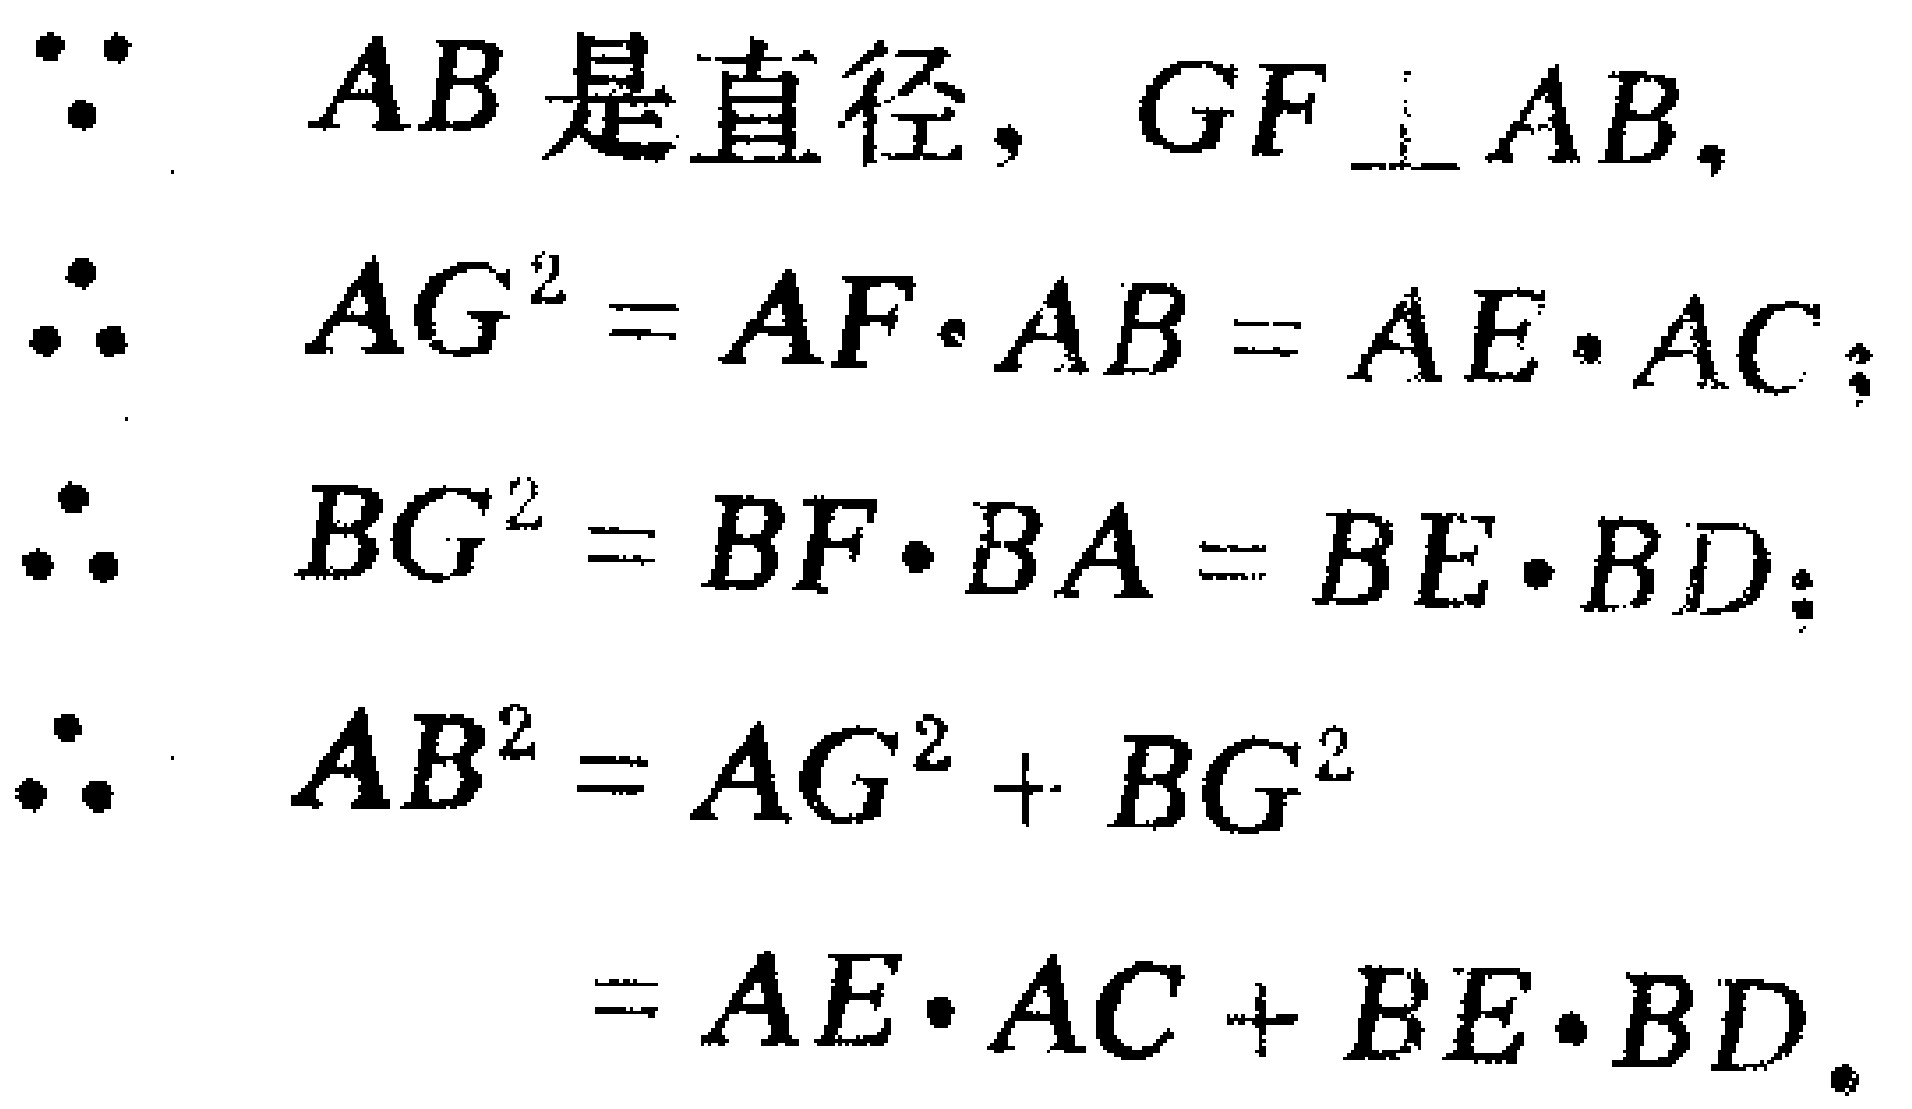
\begin{align*}

&\because AB\text{ 是直径，}GF\perp AB,\\

&\therefore AG^{2}=AF\cdot AB = AE\cdot AC;\\

&\therefore BG^{2}=BF\cdot BA = BE\cdot BD;\\

&\therefore AB^{2}=AG^{2}+BG^{2}\\

&\qquad\quad=AE\cdot AC + BE\cdot BD.

\end{align*}